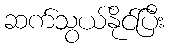
ဆက်သွယ်နိုင်ပြီး